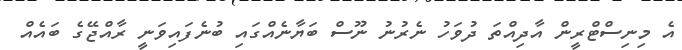
އެ މިނިސްޓްރީން އާދިއްތަ ދުވަހު ނެރުނު ނޫސް ބަޔާނެއްގައި ބުނެފައިވަނީ ރާއްޖޭގެ ބައެއް